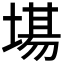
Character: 𭏍